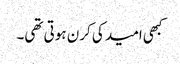
کبھی امید کی کرن ہوتی تھی۔